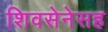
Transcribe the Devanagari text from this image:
शिवसेनेसह